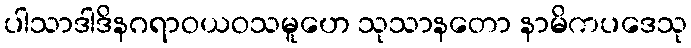
ပါသာဒါဒိနဂရာဝယဝသမူဟေ သုသာနတော နာမိကပဒေသု